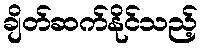
ချိတ်ဆက်နိုင်သည့်